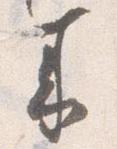
来